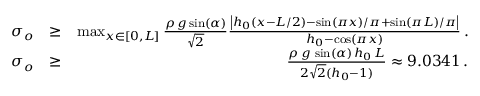
\begin{array} { r l r } { \sigma _ { o } } & { \ge } & { \operatorname* { m a x } _ { x \in [ 0 , L ] } \frac { { \rho } \, g \sin ( \alpha ) } { \sqrt { 2 } } \frac { \left| h _ { 0 } \left( x - L / 2 \right) - \sin ( \pi x ) / \pi + \sin ( \pi L ) / \pi \right| } { h _ { 0 } - \cos ( \pi x ) } \, . } \\ { \sigma _ { o } } & { \ge } & { \frac { { \rho } \, g \, \sin ( \alpha ) \, h _ { 0 } \, L } { 2 \sqrt { 2 } ( h _ { 0 } - 1 ) } \approx 9 . 0 3 4 1 \, . } \end{array}